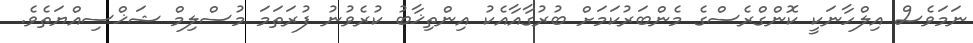
ނަމަވެސް އިލްހާނަކީ ކޮންގްރެސްގެ މެންބަރުކަމަށް ބުރުގާއާއެކު އިންތިޚާބު ކުރެވުނު ފުރަތަމަ މުސްލިމް ޝަޚްސިއްޔަތެވެ.